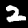
Digit: 2